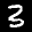
Label: 3